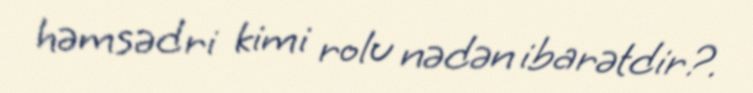
həmsədri kimi rolu nədən ibarətdir?.